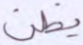
يظن